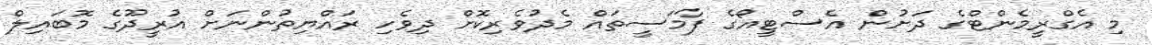
މި އެގްރީމެންޓްގެ ދަށުން އެސްޓީއޯގެ ފާމަސީތައް މެދުވެރިކޮށް ދިވެހި ރައްޔިތުންނަށް އުރީދޫގެ މޮބައިލް